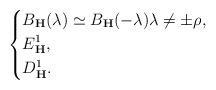
LaTeX: \begin{align*}\left\{\begin{aligned}&B_{\mathbf H}(\lambda)\simeq B_{\mathbf H}(-\lambda)\lambda\ne \pm\rho,\\&E_{\mathbf H}^1,\\&D_{\mathbf H}^1.\end{aligned}\right.\end{align*}